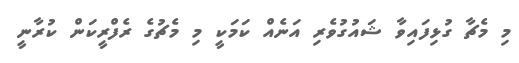
މި މެޗާ ގުޅިފައިވާ ޝައުގުވެރި އަނެއް ކަމަކީ މި މެޗުގެ ރެފްރީކަން ކުރާނީ